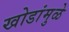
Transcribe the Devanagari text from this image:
खोडांमुळे